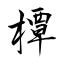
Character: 橝